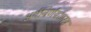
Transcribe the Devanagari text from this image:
अर्थनिर्णयशास्त्र